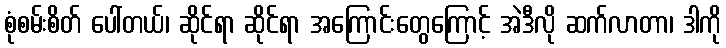
စုံစမ်းစိတ် ပေါ်တယ်၊ ဆိုင်ရာ ဆိုင်ရာ အကြောင်းတွေကြောင့် အဲဒီလို ဆက်လာတာ၊ ဒါကို